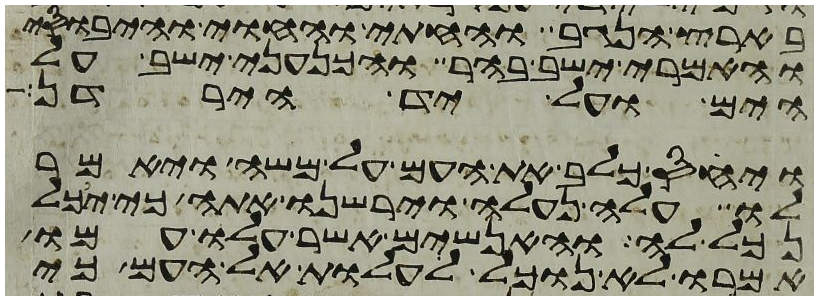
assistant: בארץ הנגב והחתי והחוי והיבוסי
והאמרי ישב בהר והכנעני ישב על
הים ועל יד הירדן
ויחס כלב את העם על משה ויאמר
לו עלה נעלה וירשנו אתה כי יכל
נכל לה והאנשים אשר עלו עמו
אמרו לא נוכל לעלות אל העם כי